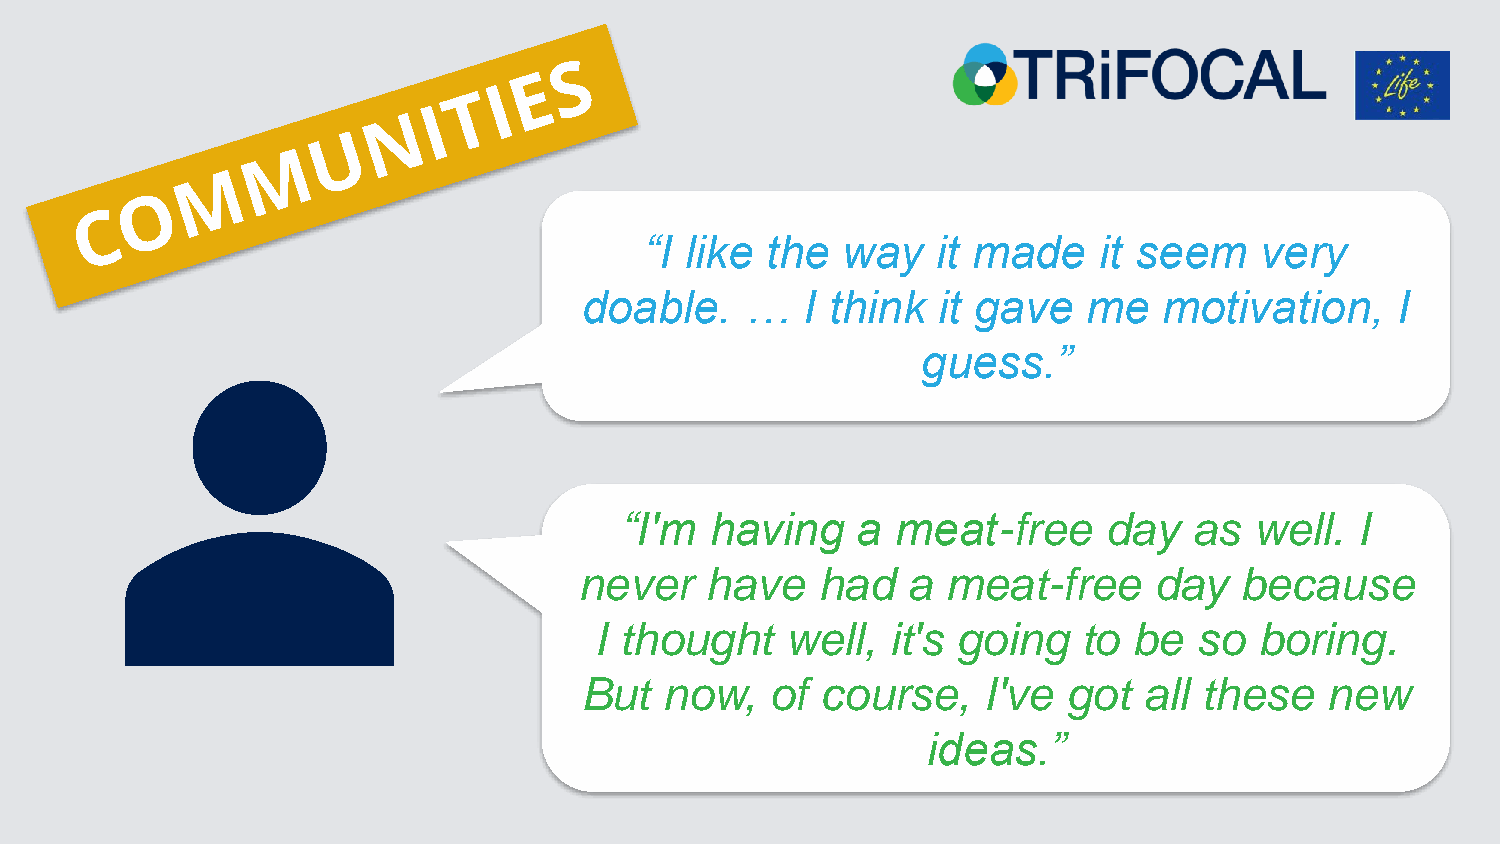
and      effect       of   workshops
 “I like the  way   it made    it seem   very
 doable.   …   I think  it gave   me   motivation,    I
 guess.”
 “I'm  having    a meat-free     day   as  well.  I
 never    have   had   a  meat-free    day   because
 I thought    well,  it's going   to be  so  boring.
 But   now,   of course,    I've  got  all these   new
 ideas.”